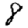
Digit: 8